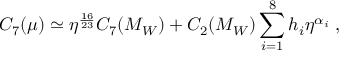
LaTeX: C _ { 7 } ( \mu ) \simeq \eta ^ { \frac { 1 6 } { 2 3 } } C _ { 7 } ( M _ { W } ) + C _ { 2 } ( M _ { W } ) \sum _ { i = 1 } ^ { 8 } h _ { i } \eta ^ { \alpha _ { i } } \; ,